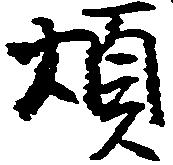
煩